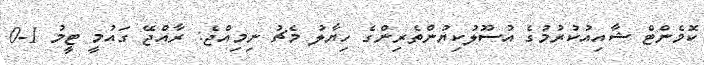
ކޮމެންޓް ޝާއިއުކުރުމުގެ އުސޫލުކިޔުންތެރިންގެ ހިޔާލު މެޗު ނިމިއްޖެ: ރާއްޖޭ ގައުމީ ޓީމު 1-0